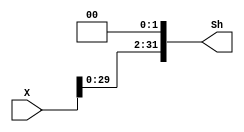
`timescale 1ns / 1ps
//////////////////////////////////////////////////////////////////////////////////
// Company: 
// Engineer: 
// 
// Design Name: 
// Module Name: SHIFTER32_L2
// Project Name: 
// Target Devices: 
// Tool Versions: 
// Description: 
// 
// Dependencies: 
// 
// Revision:
// Revision 0.01 - File Created
// Additional Comments:
// 
//////////////////////////////////////////////////////////////////////////////////


module SHIFTER32_L2(X,Sh);
input [31:0]X;
output [31:0]Sh;
assign Sh[0]=1'b0;
assign Sh[1]=1'b0;
assign Sh[2]=X[0];
assign Sh[3]=X[1];
assign Sh[4]=X[2];
assign Sh[5]=X[3];
assign Sh[6]=X[4];
assign Sh[7]=X[5];
assign Sh[8]=X[6];
assign Sh[9]=X[7];
assign Sh[10]=X[8];
assign Sh[11]=X[9];
assign Sh[12]=X[10];
assign Sh[13]=X[11];
assign Sh[14]=X[12];
assign Sh[15]=X[13];
assign Sh[16]=X[14];
assign Sh[17]=X[15];
assign Sh[18]=X[16];
assign Sh[19]=X[17];
assign Sh[20]=X[18];
assign Sh[21]=X[19];
assign Sh[22]=X[20];
assign Sh[23]=X[21];
assign Sh[24]=X[22];
assign Sh[25]=X[23];
assign Sh[26]=X[24];
assign Sh[27]=X[25];
assign Sh[28]=X[26];
assign Sh[29]=X[27];
assign Sh[30]=X[28];
assign Sh[31]=X[29];
endmodule